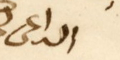
الداعى